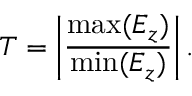
T = \left| \frac { \operatorname* { m a x } ( E _ { z } ) } { \operatorname* { m i n } ( E _ { z } ) } \right| .